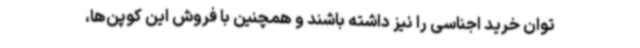
توان خرید اجناسی را نیز داشته‌ باشند و همچنین با فروش این کوپن‌ها،